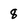
Character: 8